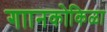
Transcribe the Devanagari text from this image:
गाानकोकिळा